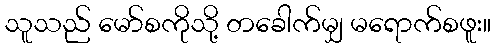
သူသည် မော်စကိုသို့ တခေါက်မျှ မရောက်စဖူး။